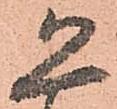
恐